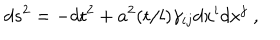
d s ^ { 2 } = - d { \sf t } ^ { 2 } + a ^ { 2 } ( { \sf t } / l ) \gamma _ { i j } d x ^ { i } d x ^ { j } \; ,